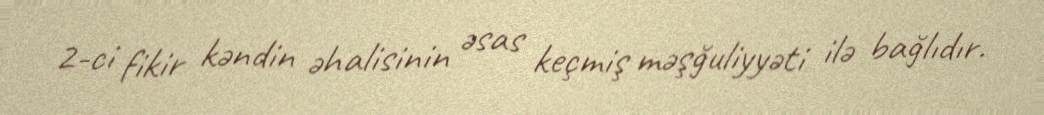
2-ci fikir kəndin əhalisinin əsas keçmiş məşğuliyyəti ilə bağlıdır.